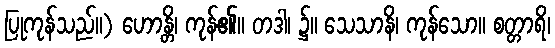
ပြုကုန်သည်။) ဟောန္တိ၊ ကုန်၏။ တဒါ၊ ၌။ သေသာနိ၊ ကုန်သော။ စတ္တာရိ၊